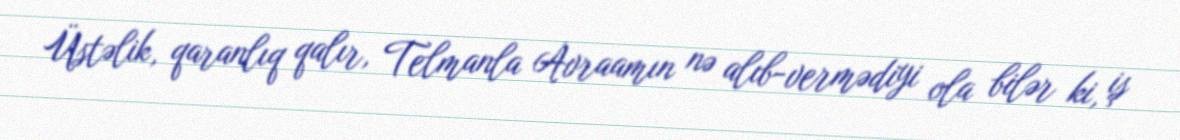
Üstəlik, qaranlıq qalır, Telmanla Avraamın nə alıb-vermədiyi ola bilər ki, iş